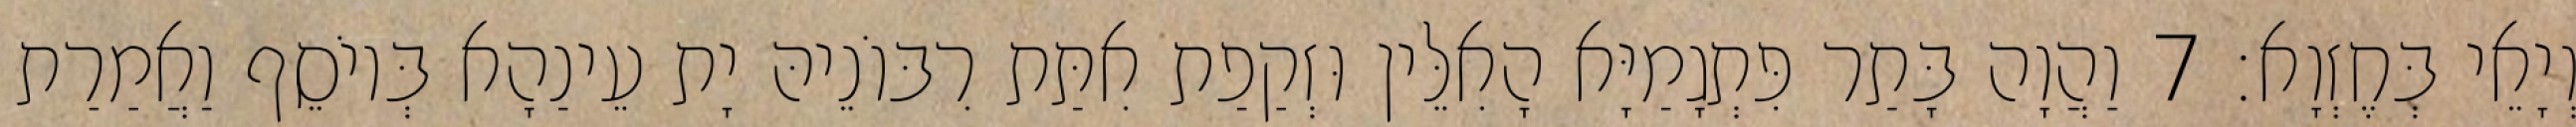
וְיָאֵי בְּחֶזְוָא׃ 7 וַהֲוָה בָּתַר פִּתְגָמַיָּא הָאִלֵּין וּזְקַפַת אִתַּת רִבּוֹנֵיהּ יָת עֵינַהָא בְּיוֹסֵף וַאֲמַרַת